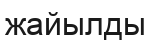
жайылды